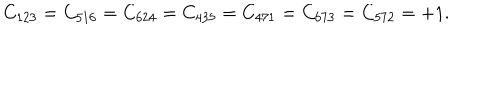
LaTeX: C _ { 1 2 3 } = C _ { 5 1 6 } = C _ { 6 2 4 } = C _ { 4 3 5 } = C _ { 4 7 1 } = C _ { 6 7 3 } = C _ { 5 7 2 } = + 1 .